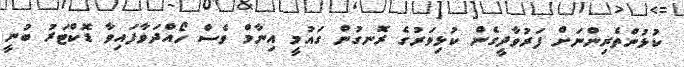
ކުޅުންތެރިންނަށް ފަރުވާދީގެން ކުޅިވަރުގެ ރޮނގުން ގައުމީ އިނާމް ވެސް ހޯއްދަވާފައިވާ ޑޮކްޓަރު ބުނީ